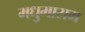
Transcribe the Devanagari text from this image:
मधुमासम